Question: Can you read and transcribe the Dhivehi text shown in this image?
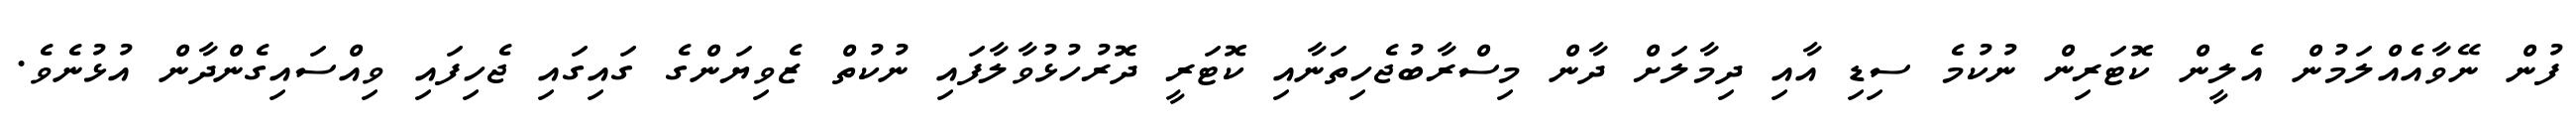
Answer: ފުން ނޭވާއެއްލަމުން އެލީން ކޮޓަރިން ނުކުމެ ސިޑި އާއި ދިމާލަށް ދާން މިސްރާބުޖެހިތަނާއި ކޮޓަރީ ދޮރުހުޅުވާލާފައި ނުކުތް ޒެވިޔަންގެ ގައިގައި ޖެހިފައި ވިއްސައިގެންދާން އުޅުނެވެ.